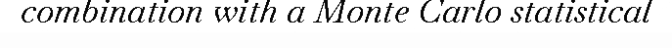
combination with a Monte Carlo statistical